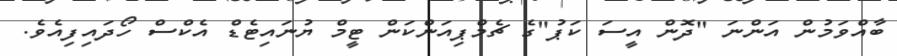
ބާއްވަމުން އަންނަ "ދޮން އީސަ ކަޕު"ގެ ޗެމްޕިއަންކަން ޓީމް ޔުނައިޓެޑް އެކްސް ހޯދައިފިއެވެ.